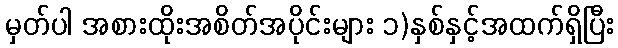
မှတ်ပါ အစားထိုးအစိတ်အပိုင်းများ ၁)နှစ်နှင့်အထက်ရှိပြီး